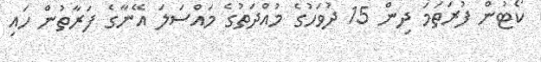
ކޯޓުން ފުރަތަމަ ދިން 15 ދުވަހުގެ މުއްދަތުގެ މައްސަލަ އޭނާގެ ފަރާތުން ހައި